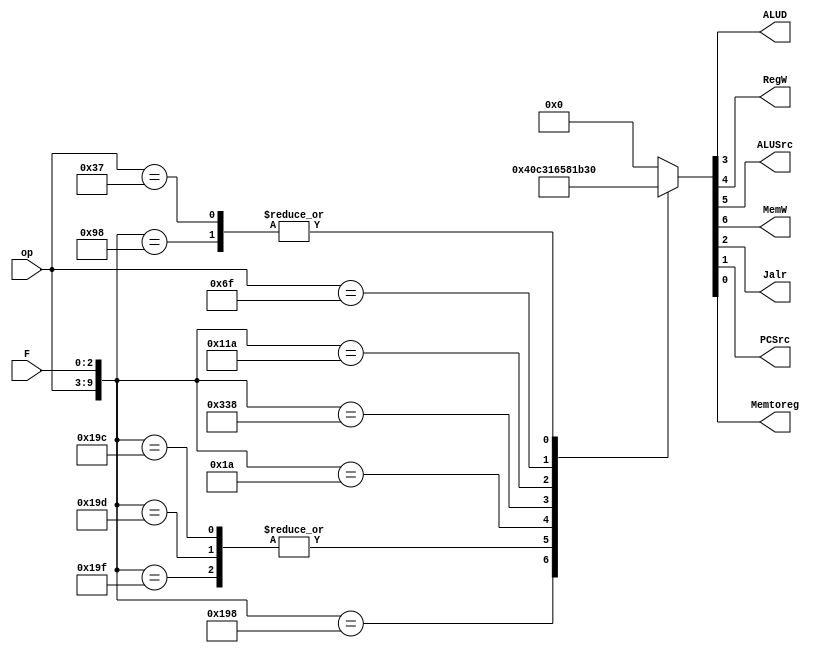
//Descripcin:
//El mdulo Main_Decoder es un decodificador principal que se 
//encarga de interpretar las instrucciones de un procesador basado 
//en la combinacin de los campos de operacin (op) y funcin (F). 
//Dependiendo de la instruccin decodificada, el mdulo genera varias
//seales de control que determinan el comportamiento de otros componentes 
//del procesador.
//Entradas: 
//op (7 bits): Cdigo de operacin de la instruccin.
//F (3 bits): Cdigo de funcin adicional que complementa la operacin.
//Salidas:
//ALUD (1 bit): Seal de control para determinar el modo de operacin de la ALU.
//RegW (1 bit): Seal que habilita la escritura en el registro de destino.
//ALUSrc (1 bit): Seal que selecciona la salida del mux con un rs o extensin de signo
//MemW (1 bit): Seal que habilita la escritura en memoria.
//Jalr (1 bit): Seal que indica si la instruccin es un salto, selecciona salida del mux,
//si es PC o un registro.
//PCSrc (1 bit): Seal que determina la fuente del valor siguiente del contador de programa (PC).
//Memtoreg (1 bit): Seal que selecciona el origen de los datos que se escribirn en el registro
//Funcionabilidad:
//Este mdulo decodifica instrucciones de diferentes tipos (R, I, S, J y U) combinando los valores de 
//op y F en un solo registro (input_code). Dependiendo del valor de este cdigo combinado, se genera 
//un output_code de 7 bits que controla varias seales del procesador. La decodificacin se realiza 
//mediante una sentencia casez, que permite manejar diferentes combinaciones de bits y wildcard (z).
//Razn de Implementacin:
//Este modulo se crea, ya que se ocupa un decodificador que dependiendo de los opcodes y los funct3, 
//determine que seales son necesarias para esa instruccin para as activar las distintas operaciones
//en el resto del circuito. 



module Main_Decoder(

    input [6:0] op, //opcode

    input wire [2:0] F, //funct3

    output wire ALUD, //seal de control para el alu_decoder, 1 operacin aritmtica

    output wire RegW, //seal de control para saber si se escribe en registros, 1 escribir

    output wire ALUSrc, //seal de control del mux de extensin de signo, 1 para inmediatos

    output wire MemW, //seal de control para saber si se escribe en memoria, 1 escribir

    output wire Jalr, //seal de control para realizar un salto o no, 1 para JAL

    output wire PCSrc, //Seal de control del mux del PC, 1 sale la seal de ALUprincipal

    output wire Memtoreg //seal de control del mux despus de data memory, que se lleva al 
    //banco de registro, 1 para sacar la seal que viene de memoria.

);



    reg [9:0] input_code; //unin de op y F

    reg [6:0] output_code;  // 7 bits de salida



always @* begin

    input_code = {op, F};

    casez(input_code) //para soportar wildcards (z)

        //Tipo R

        10'b0110011000: output_code = 7'b0010000;//ADD

        10'b0110011111: output_code = 7'b0011000;//AND

        10'b0110011101: output_code = 7'b0011000;//SRA

        10'b0110011100: output_code = 7'b0011000;//XOR

        //Tipo I

        10'b0000011010: output_code = 7'b0110001;//LW

        10'b0010011000: output_code = 7'b0110000;//ADDI

        10'b1100111000: output_code = 7'b0110010;//JALR

        //Tipo S

        10'b0100011010: output_code = 7'b1100000;//SW

        //Tipo J

        10'b1101111zzz: output_code = 7'b0110110;//JAL

        //Tipo U

        10'b0110111zzz: output_code = 7'b0110000;//LUI



        

        default: output_code = 7'b0000000;  

    endcase

end



assign Memtoreg = output_code[0];



assign PCSrc = output_code[1];



assign Jalr = output_code[2];



assign ALUD = output_code[3];



assign RegW = output_code[4];

//assign RegW = 0;

assign ALUSrc = output_code[5];



assign MemW = output_code[6];







endmodule